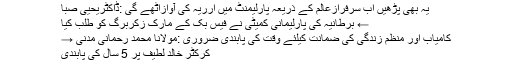
یہ بھی پڑھیں اب سرفرازعالم کے ذریعہ پارلیمنٹ میں ارریہ کی آوازاٹھے گی :ڈاکٹریحییٰ صبا
← برطانیہ کی پارلیمانی کمیٹی نے فیس بک کے مارک زکربرگ کو طلب کیا
کامیاب اور منظم زندگی کی ضمانت کیلئے وقت کی پابندی ضروری :مولانا محمد رحمانی مدنی →
کرکٹر خالد لطیف پر 5 سال کی پابندی